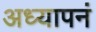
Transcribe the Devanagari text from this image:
अध्यापनं